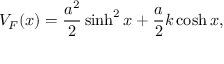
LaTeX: V _ { F } ( x ) = \frac { a ^ { 2 } } 2 \sinh ^ { 2 } x + \frac a 2 k \cosh x ,